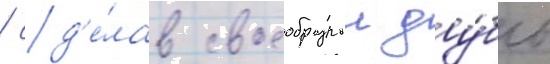
/ сд'е́лав своеобразныи ду́бль